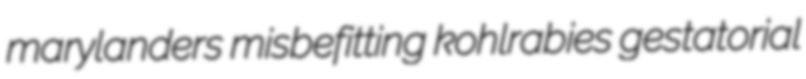
marylanders misbefitting kohlrabies gestatorial